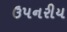
ઉપનરીય